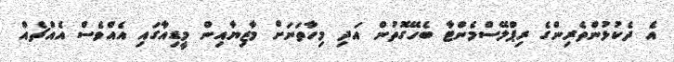
އެ ދެކުޅުންތެރިންގެ ރިޕްލޭސްމެންޓާ ބެހޭގޮތުން އަދި މިހާތަނަށް މާޒިޔާއިން މީޑިއާގައި އެއްވެސް އެއްޗެއް